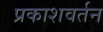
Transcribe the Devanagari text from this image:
प्रकाशवर्तन